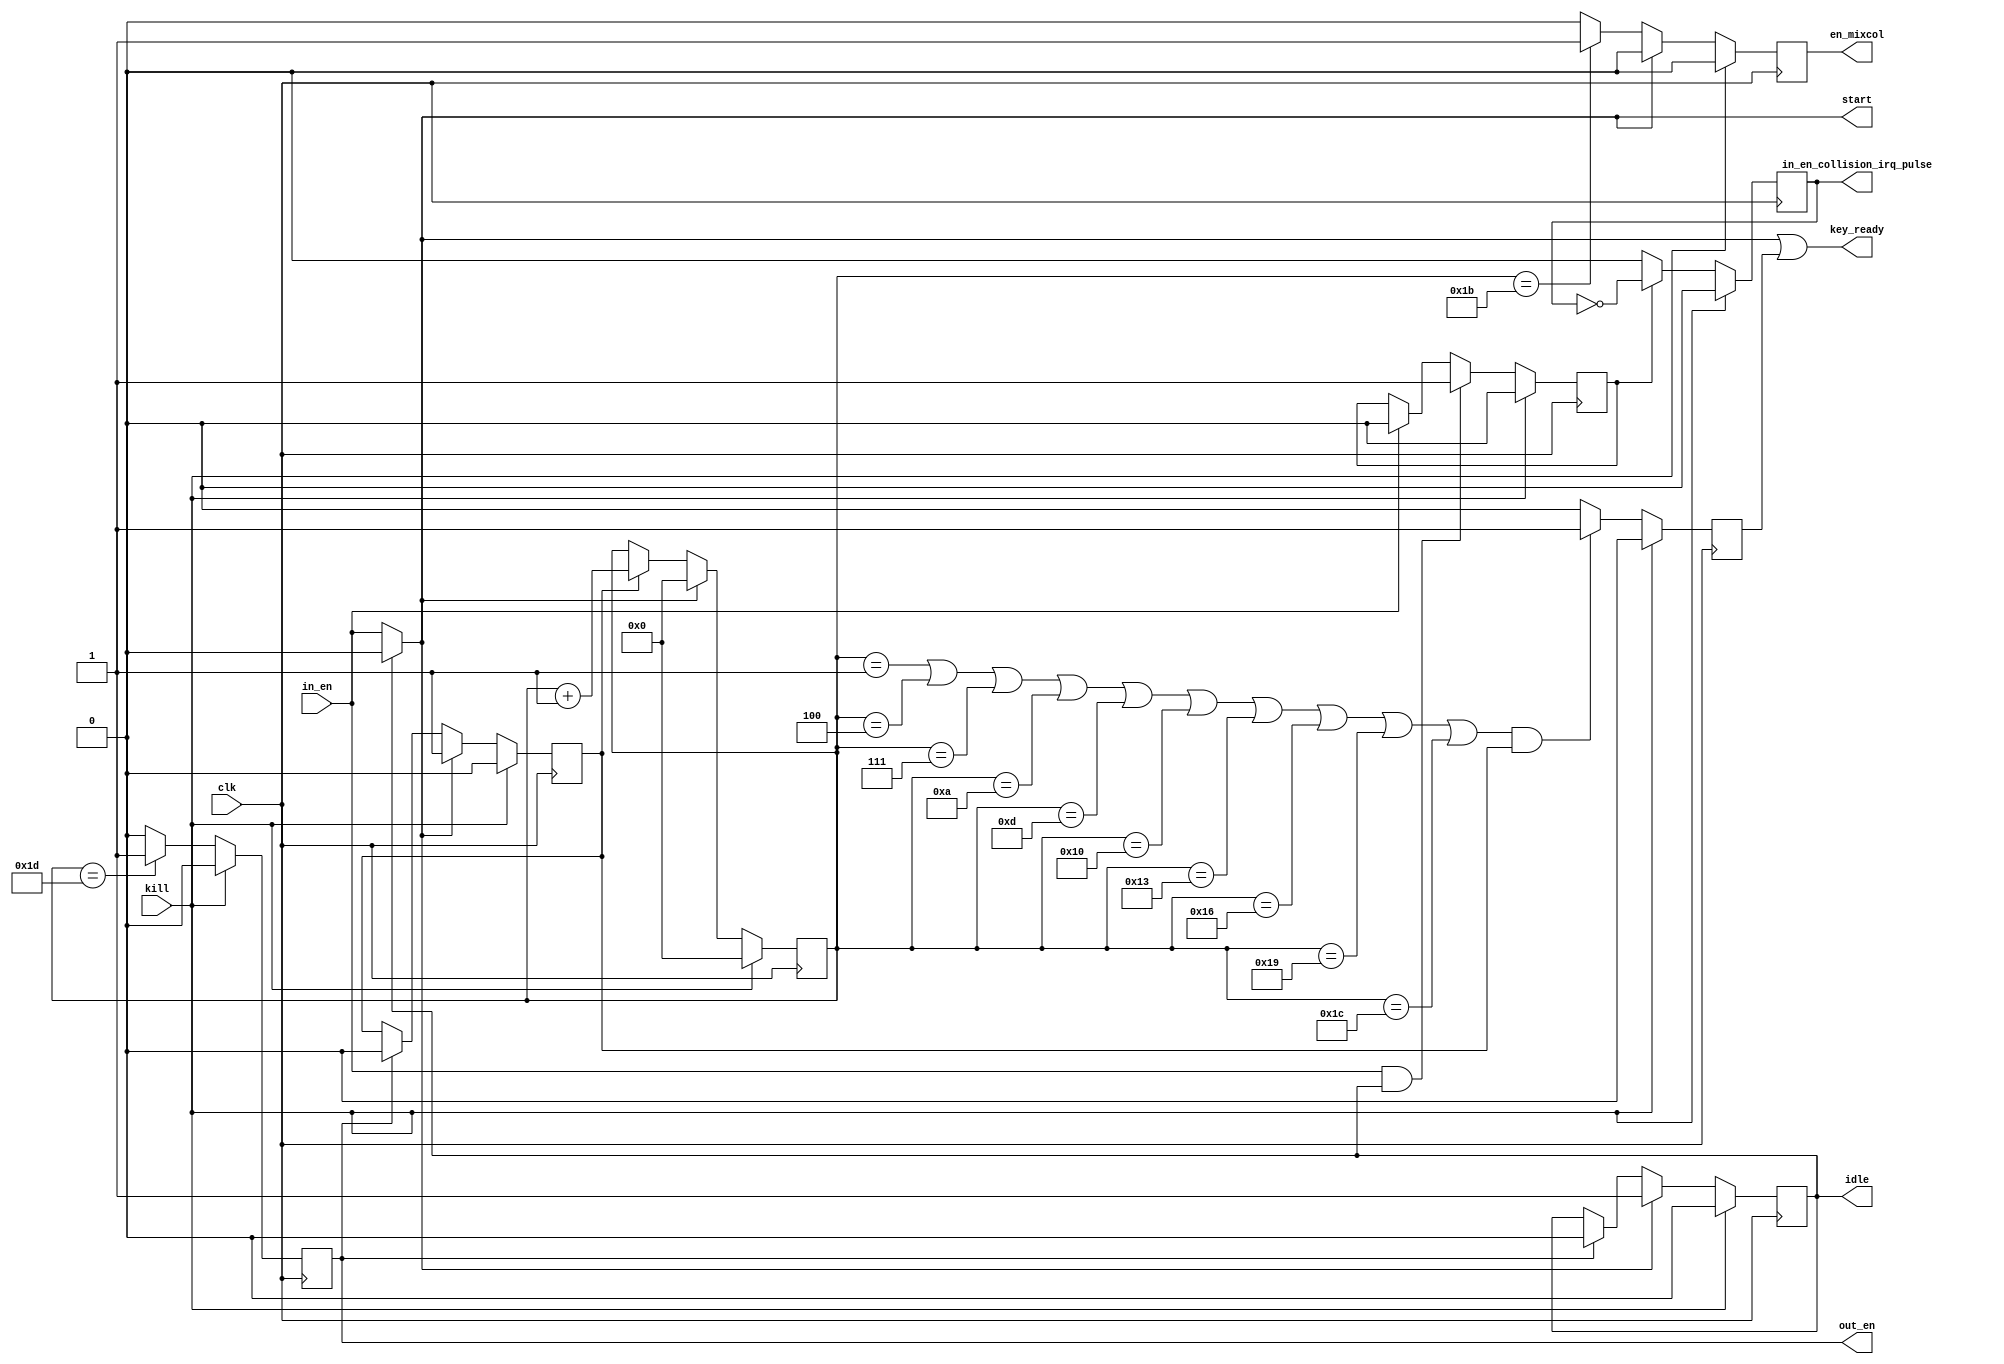
/**************************************************************************************************
 *                                                                                                *
 *                                                                                                *
 **************************************************************************************************
 *                                                                                                *
 *  Description:                                                                                  *
 *                                                                                                *
 *  Block AES control - 128 bit input, 3 cycle round                                              *
 *                                                                                                *
 **************************************************************************************************
 *    Synthesis in Vivado:                                                                        *
 *   			LUT:	10								  *
 *			FF:	11								  *
 *			BRAM:	0								  *
 **************************************************************************************************
 *  Verilog code                                                                                  *
 **************************************************************************************************/

(* keep_hierarchy = "yes" *)

module aes_128_control (
	/* inputs */
	input			clk,
	input			kill,
	input			in_en,

	/* outputs */
	output			start,
	output	reg		en_mixcol = 1'b0,
	output			key_ready,
	output	reg		idle = 1'b0,
	output	reg		out_en = 1'b0,
	output	reg		in_en_collision_irq_pulse = 1'b0
	);

/**************************************************************************************************
 *      LOCAL WIRES, REGS                                                                         *
 **************************************************************************************************/
reg		start_r = 1'b0;
reg		key_ready_r = 1'b0;
reg	[4:0]	round_count;
reg		in_en_collision_irq = 1'b0;

/**************************************************************************************************
 *      LOGIC                                                                                     *
 **************************************************************************************************/
//start
assign start = (idle) ? 1'b0 : in_en;

/**************************************************************************************************/
//round_count
always @(posedge clk)
	if (kill)
		round_count <= 5'b0;
	else if (start)
		round_count <= 5'b0;
	else if (start_r)
		round_count <= round_count + 5'b1;

/**************************************************************************************************/
//en_mixcol - signal the disconnecting Mixcolums
always @(posedge clk)
	if (kill)
		en_mixcol <= 1'b0;
	else if (start)
		en_mixcol <= 1'b0;
	else if (round_count == 5'd27)
		en_mixcol <= 1'b1;
	else 
		en_mixcol <= 1'b0;

/**************************************************************************************************/
//key_ready_r
always @(posedge clk)
	if (kill)
		key_ready_r <= 1'b0;
	else if ((round_count == 5'd1 | 		round_count == 5'd4 | 		round_count == 5'd7 | 		round_count == 5'd10 |
	    	  round_count == 5'd13 | 		round_count == 5'd16 | 		round_count == 5'd19 | 		round_count == 5'd22 |
	    	  round_count == 5'd25 | 		round_count == 5'd28) & start_r)
		key_ready_r <= 1'b1;
	else
		key_ready_r <= 1'b0;

assign key_ready = start | key_ready_r;

/**************************************************************************************************/
//out_en
always @(posedge clk)
	if (kill)
		out_en <= 1'b0;
	else if (round_count == 5'd29)
		out_en <= 1'b1;
	else
		out_en <= 1'b0;

/**************************************************************************************************/
//start_r
always @(posedge clk)
	if (kill)
		start_r <= 1'b0;
	else if (start)
		start_r <= 1'b1;
	else if (out_en)
		start_r <= 1'b0;

/**************************************************************************************************/
//idle - high level  - status AES_CALC, low level  - status AES_IDLE
always @(posedge clk)
	if (kill)
		idle <= 1'b0;
	else if (start)
		idle <= 1'b1;
	else if (out_en)
		idle <= 1'b0;

/**************************************************************************************************/
//in_en_collision_irq - flag double in_en
always @(posedge clk)
	if (kill)
		in_en_collision_irq <= 1'b0;
	else if (in_en & idle)
		in_en_collision_irq <= 1'b1;
	else if (in_en)
		in_en_collision_irq <= 1'b0;

/**************************************************************************************************/
//in_en_collision_irq_pulse - debug signal
always @(posedge clk)
	if (kill)
		in_en_collision_irq_pulse <= 1'b0;
	else if (in_en_collision_irq)
		in_en_collision_irq_pulse <= ~in_en_collision_irq_pulse;
	else 
		in_en_collision_irq_pulse <= 1'b0;

/**************************************************************************************************/
endmodule